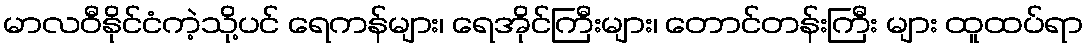
မာလဝီနိုင်ငံကဲ့သို့ပင် ရေကန်များ၊ ရေအိုင်ကြီးများ၊ တောင်တန်းကြီး များ ထူထပ်ရာ